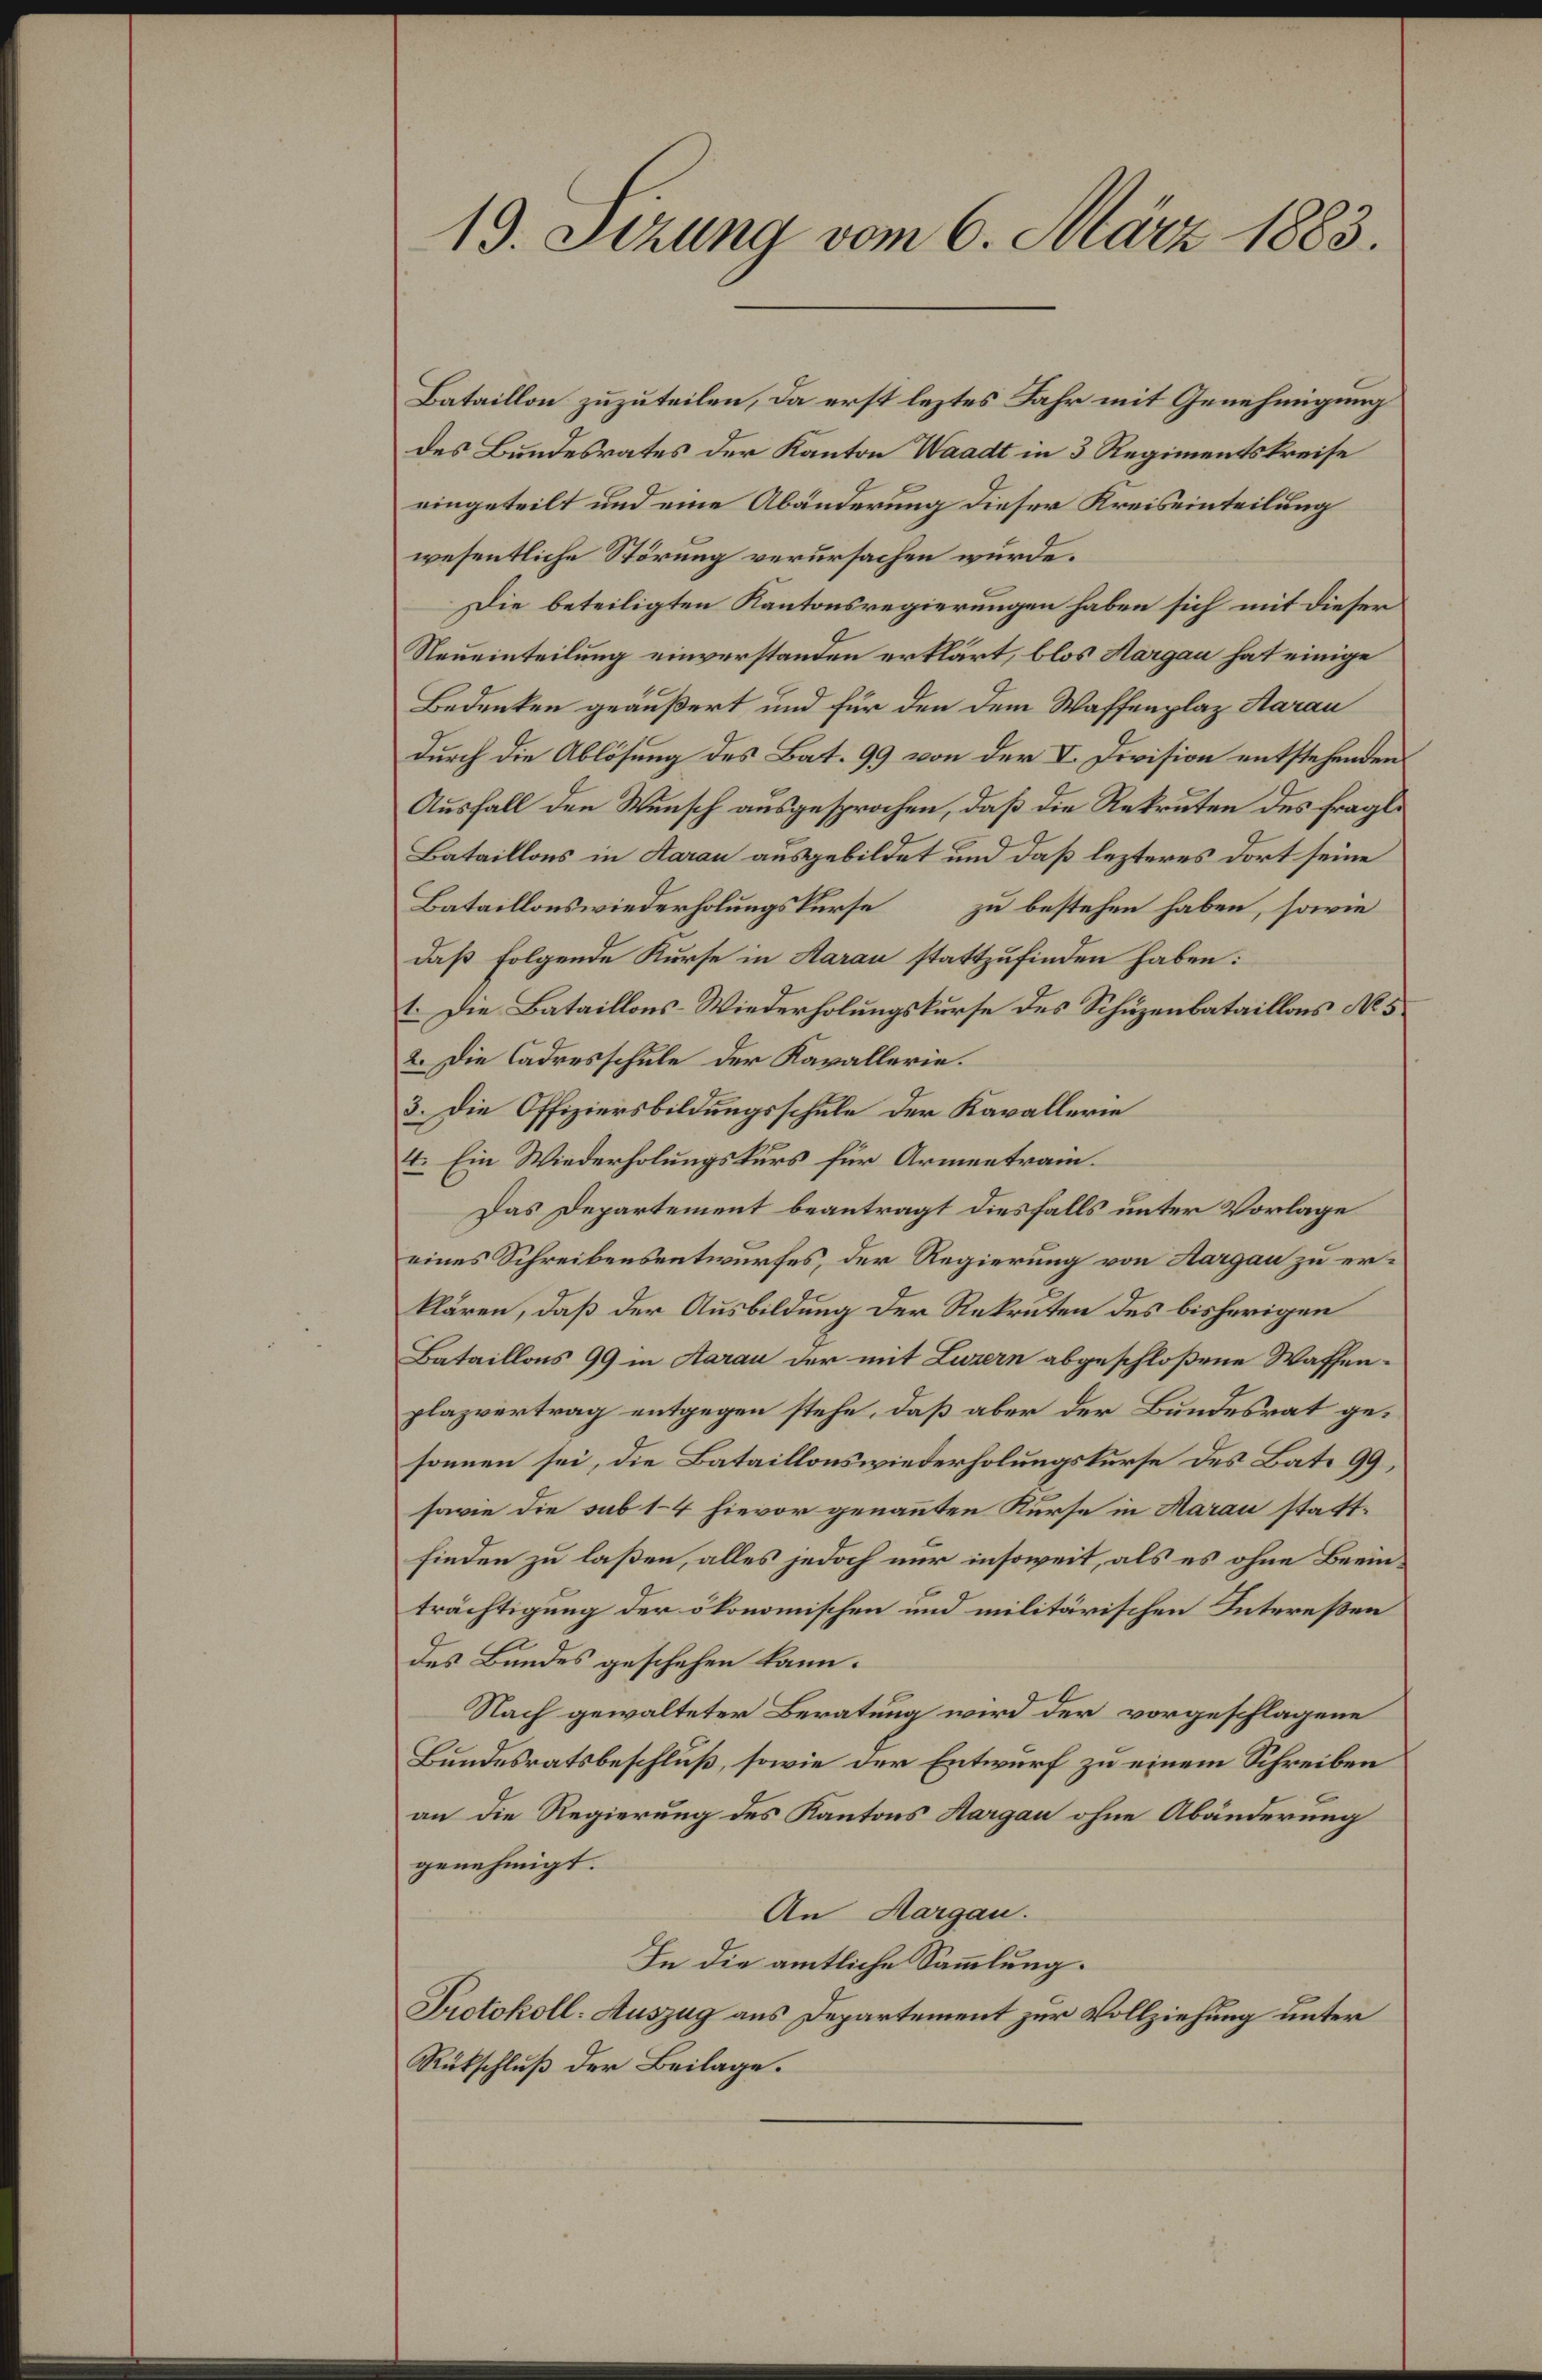
13. Sizung vom 6. März 1883.

Bataillon zuzuteilen, da erst leztes Jahr mit Genehmigung
des Bundesrates der Kanton Waadt in 3 Regimentskreise
eingeteilt und eine Abänderung dieser Kreiseinteilung
wesentliche Störung verursachen wurde.
Die beteiligten Kantonsregierungen haben sich mit dieser
Neueinteilung einverstanden erklärt, blos Hargau hat einige
Bedenken geäußert und für den dem Waffenplaz Aarau
durch die Ablösung des Bat. 99 von der V. Division entstehenden
Ausfall den Wunsch ausgesprochen, daß die Rekruten des fragli
Bataillons in Aarau ausgebildet und daß lezteres dort seine
Bataillonswiederholungskurse zu bestehen haben, sowie
daß folgende Kurse in Aarau stattzufinden haben:
1. Die Bataillons-Wiederholungskurse des Schuzenbataillons No 5
2. Die Cadresschule der Kavallerie.
3. Die Offiziersbildungsschule der Kavallerie
4. Ein Wiederholungskurs für Armentrain.
Das Departement beantragt diesfalls unter Vorlage
eines Schreibensentwurfes, der Regierung von Aargau zu erklären, daß der Ausbildung der Rekruten des bisherigen
Bataillons 99 in Aarau der mit Luzern abgeschloßene Waffenplazvertrag entgegen stehe, daß aber der Bundesrat gesonnen sei, die Bataillons wiederholungskurse des Bate 99,
savie die sub 14 hievor genannten Kurse in Aarau stattfinden zu laßen, alles jedoch nur insoweit, als es ohne Beeinträchtigung der ökonomischen und militärischen Intereßen
des Bundes geschehen kann.
Nach gewalteter Beratung wird der vorgeschlagene
Bundesratsbeschluß, sowie der Entwurf zu einem Schreiben
an die Regierung des Kantons Hargau ohne Abänderung
genehmigt.
An Aargau.
In die amtliche Sammlung.
Protokoll: Auszug aus Departement zur Vollziehung unter
Rükschluß der Beilage.